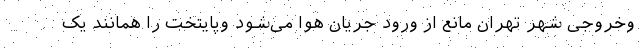
وخروجی شهر تهران مانع از ورود جریان هوا می‌شود وپایتخت را همانند یک